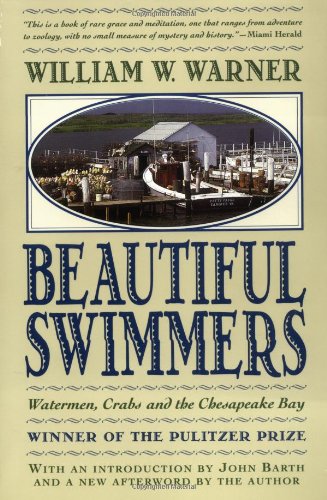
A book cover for Beautiful Swimmers: Watermen, Crabs and the Chesapeake Bay; William W. Warner; Science & Math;